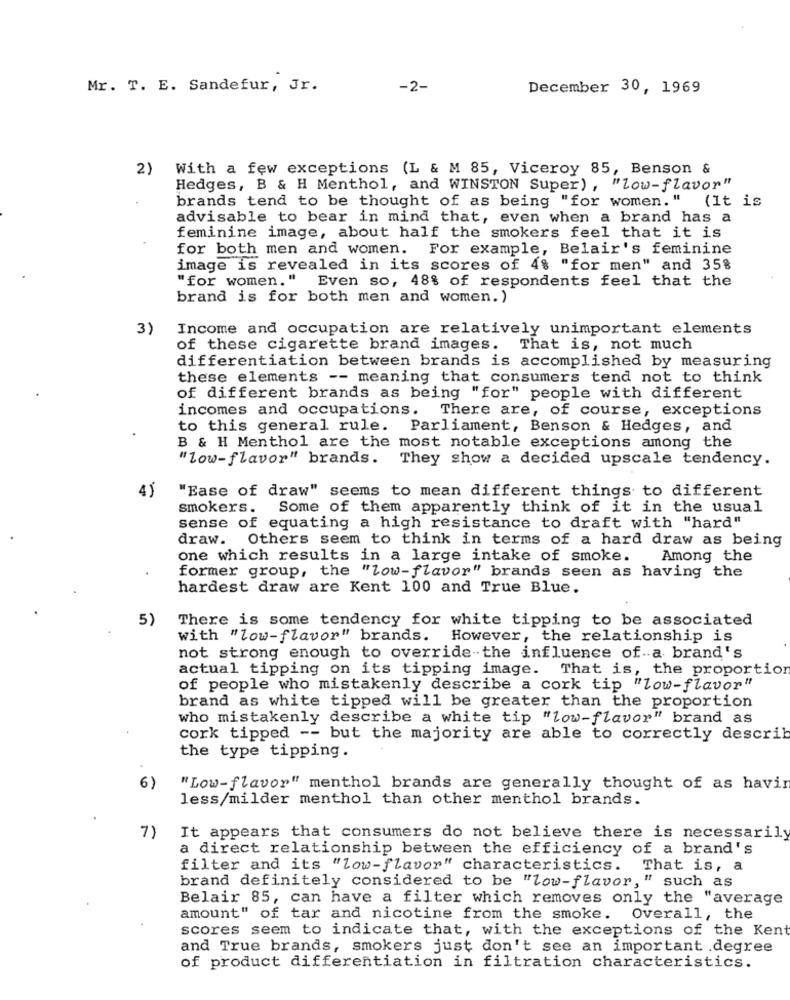
Mr. T. E. Sandefur, Jr.
-2-
December 30, 1969
2)
With a few exceptions (L & M 85, Viceroy 85, Benson &
Hedges, B & H Menthol, and WINSTON Super) , "low-flavor"
brands tend to be thought of as being "for women. "
(It is
advisable to bear in mind that, even when a brand has a
feminine image, about half the smokers feel that it is
for both men and women. For example, Belair's feminine
image is revealed in its scores of 4% "for men" and 35%
"for women." Even so, 48% of respondents feel that the
brand is for both men and women. )
3)
Income and occupation are relatively unimportant elements
of these cigarette brand images. That is, not much
differentiation between brands is accomplished by measuring
these elements -- meaning that consumers tend not to think
of different brands as being "for" people with different
incomes and occupations. There are, of course, exceptions
to this general rule.
Parliament, Benson & Hedges, and
B & H Menthol are the most notable exceptions among the
"low-flavor" brands.
They show a decided upscale tendency.
4)
"Ease of draw" seems to mean different things to different
smokers.
Some of them apparently think of it in the usual
sense of equating a high resistance to draft with "hard"
draw.
Others seem to think in terms of a hard draw as being
one which results in a large intake of smoke.
Among the
former group, the "low-flavor" brands seen as having the
hardest draw are Kent 100 and True Blue.
5)
There is some tendency for white tipping to be associated
with "low-flavor" brands. However, the relationship is
not strong enough to override the influence of a brand's
actual tipping on its tipping image. That is, the proportion
of people who mistakenly describe a cork tip "low-flavor"
brand as white tipped will be greater than the proportion
who mistakenly describe a white tip "low-flavor" brand as
cork tipped -- but the majority are able to correctly descrik
the type tipping.
6)
" Low-flavor" menthol brands are generally thought of as havin
less/milder menthol than other menthol brands.
7)
It appears that consumers do not believe there is necessarily
a direct relationship between the efficiency of a brand's
filter and its "low-flavor" characteristics. That is, a
brand definitely considered to be "low-flavor, " such as
Belair 85, can have a filter which removes only the "average
amount" of tar and nicotine from the smoke. Overall, the
scores seem to indicate that, with the exceptions of the Kent
and True brands, smokers just don't see an important .degree
of product differentiation in filtration characteristics.